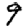
Digit: 9